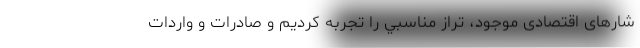
شارهای اقتصادی موجود، تراز مناسبي را تجربه كرديم و صادرات و واردات